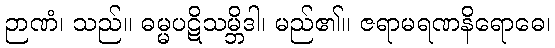
ဉာဏံ၊ သည်။ ဓမ္မပဋိသမ္ဘိဒါ၊ မည်၏။ ဇရာမရဏနိရောဓေ၊